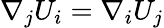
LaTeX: \nabla_{j}U_{i}=\nabla_{i}U_{j}